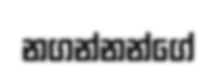
නගන්නන්ගේ